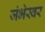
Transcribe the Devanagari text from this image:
जंभेस्वर